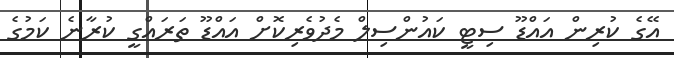
އޭގެ ކުރިން އައްޑޫ ސިޓީ ކައުންސިލް މެދުވެރިކޮށް އައްޑޫ ތަރައްގީ ކުރާނެ ކަމުގެ